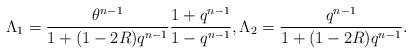
LaTeX: \begin{align*}\Lambda_1=\frac{\theta^{n-1}}{1+(1-2R)q^{n-1}}\frac{1+q^{n-1}}{1-q^{n-1}},\Lambda_2=\frac{q^{n-1}}{1+(1-2R)q^{n-1}}.\end{align*}